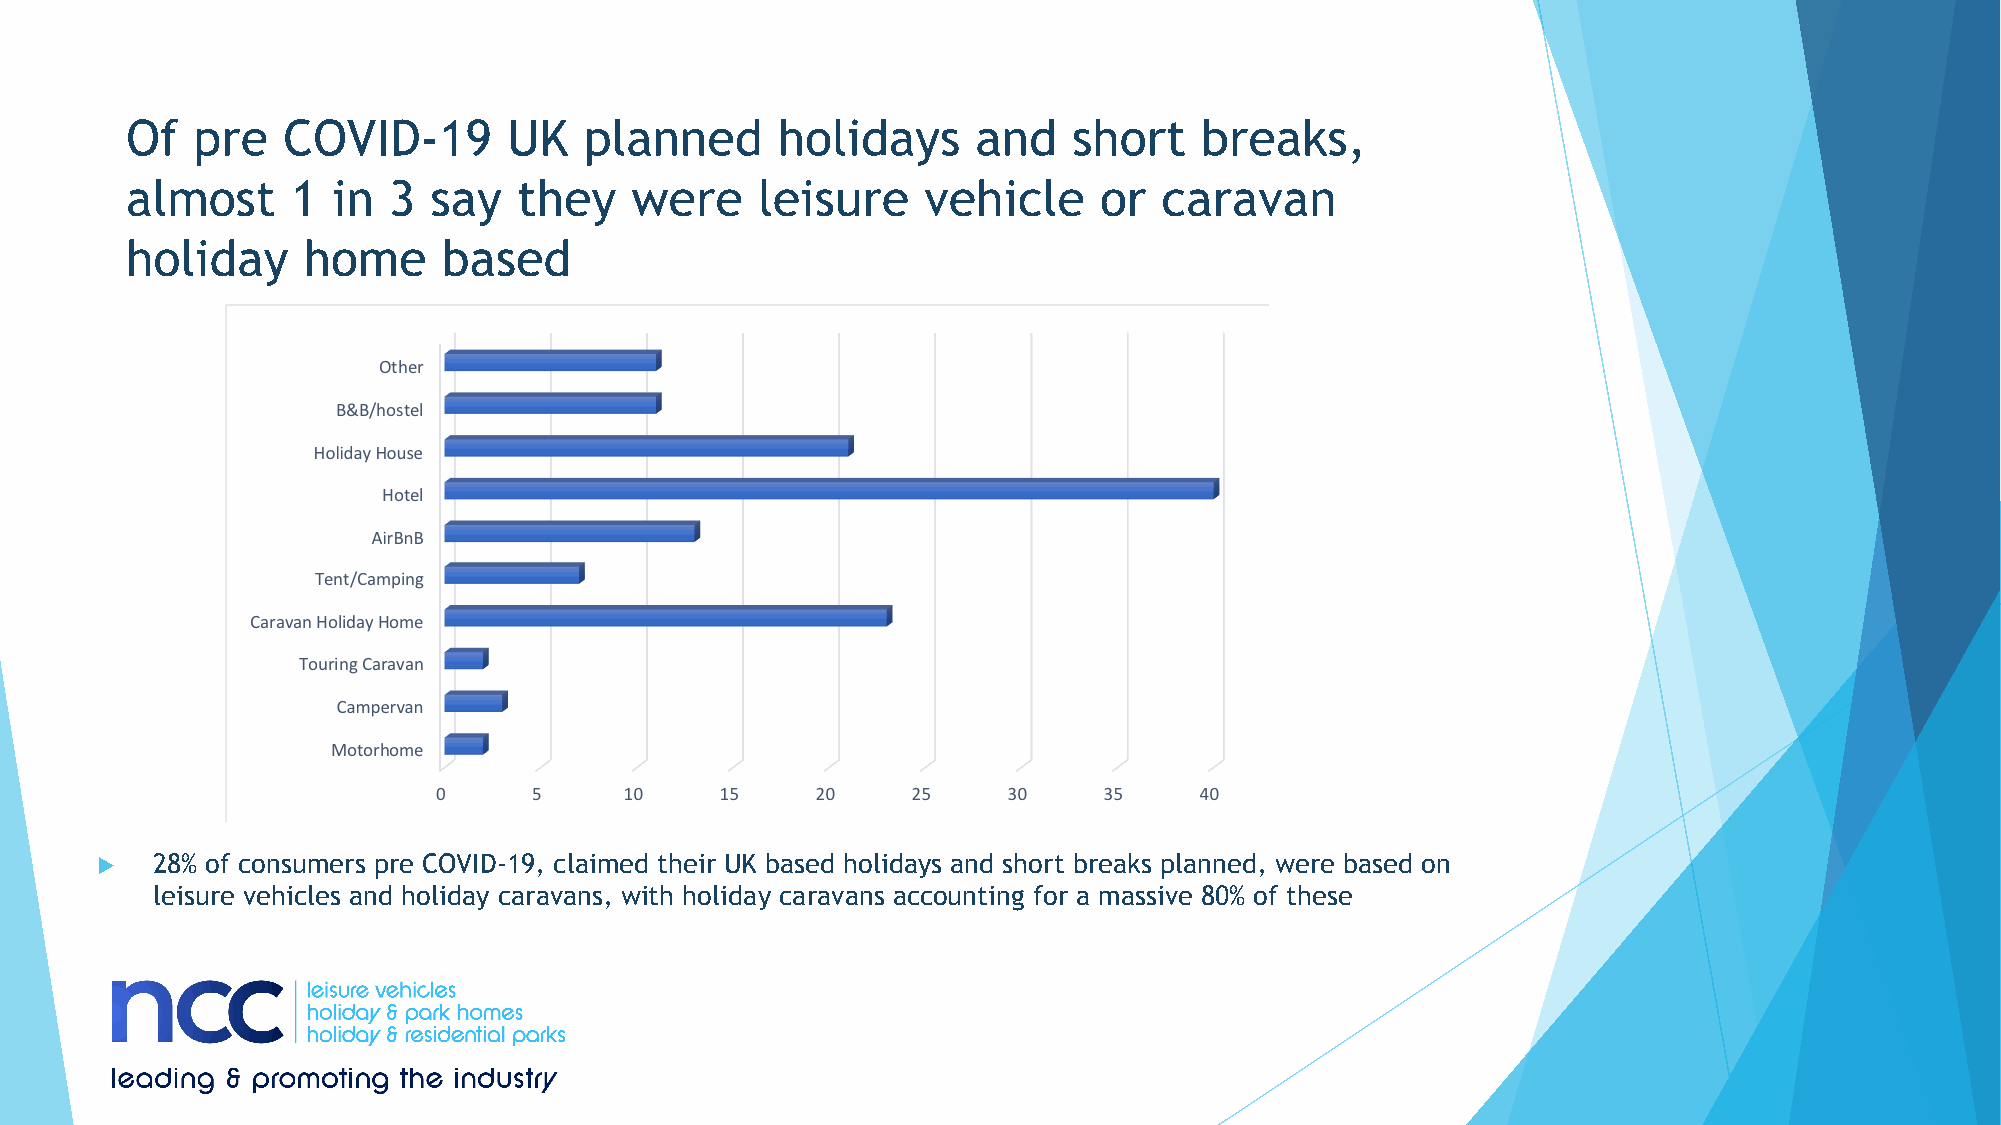
Of   pre   COVID-19       UK   planned     holidays      and   short   breaks,
 almost     1  in  3 say   they    were    leisure    vehicle     or  caravan
 holiday     home     based
 u   28% of consumers pre COVID-19, claimed their UK based holidays and short breaks planned, were based on
 leisure vehicles and holiday caravans, with holiday caravans accounting for a massive 80% of these